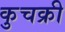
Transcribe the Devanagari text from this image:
कुचक्री